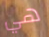
هي